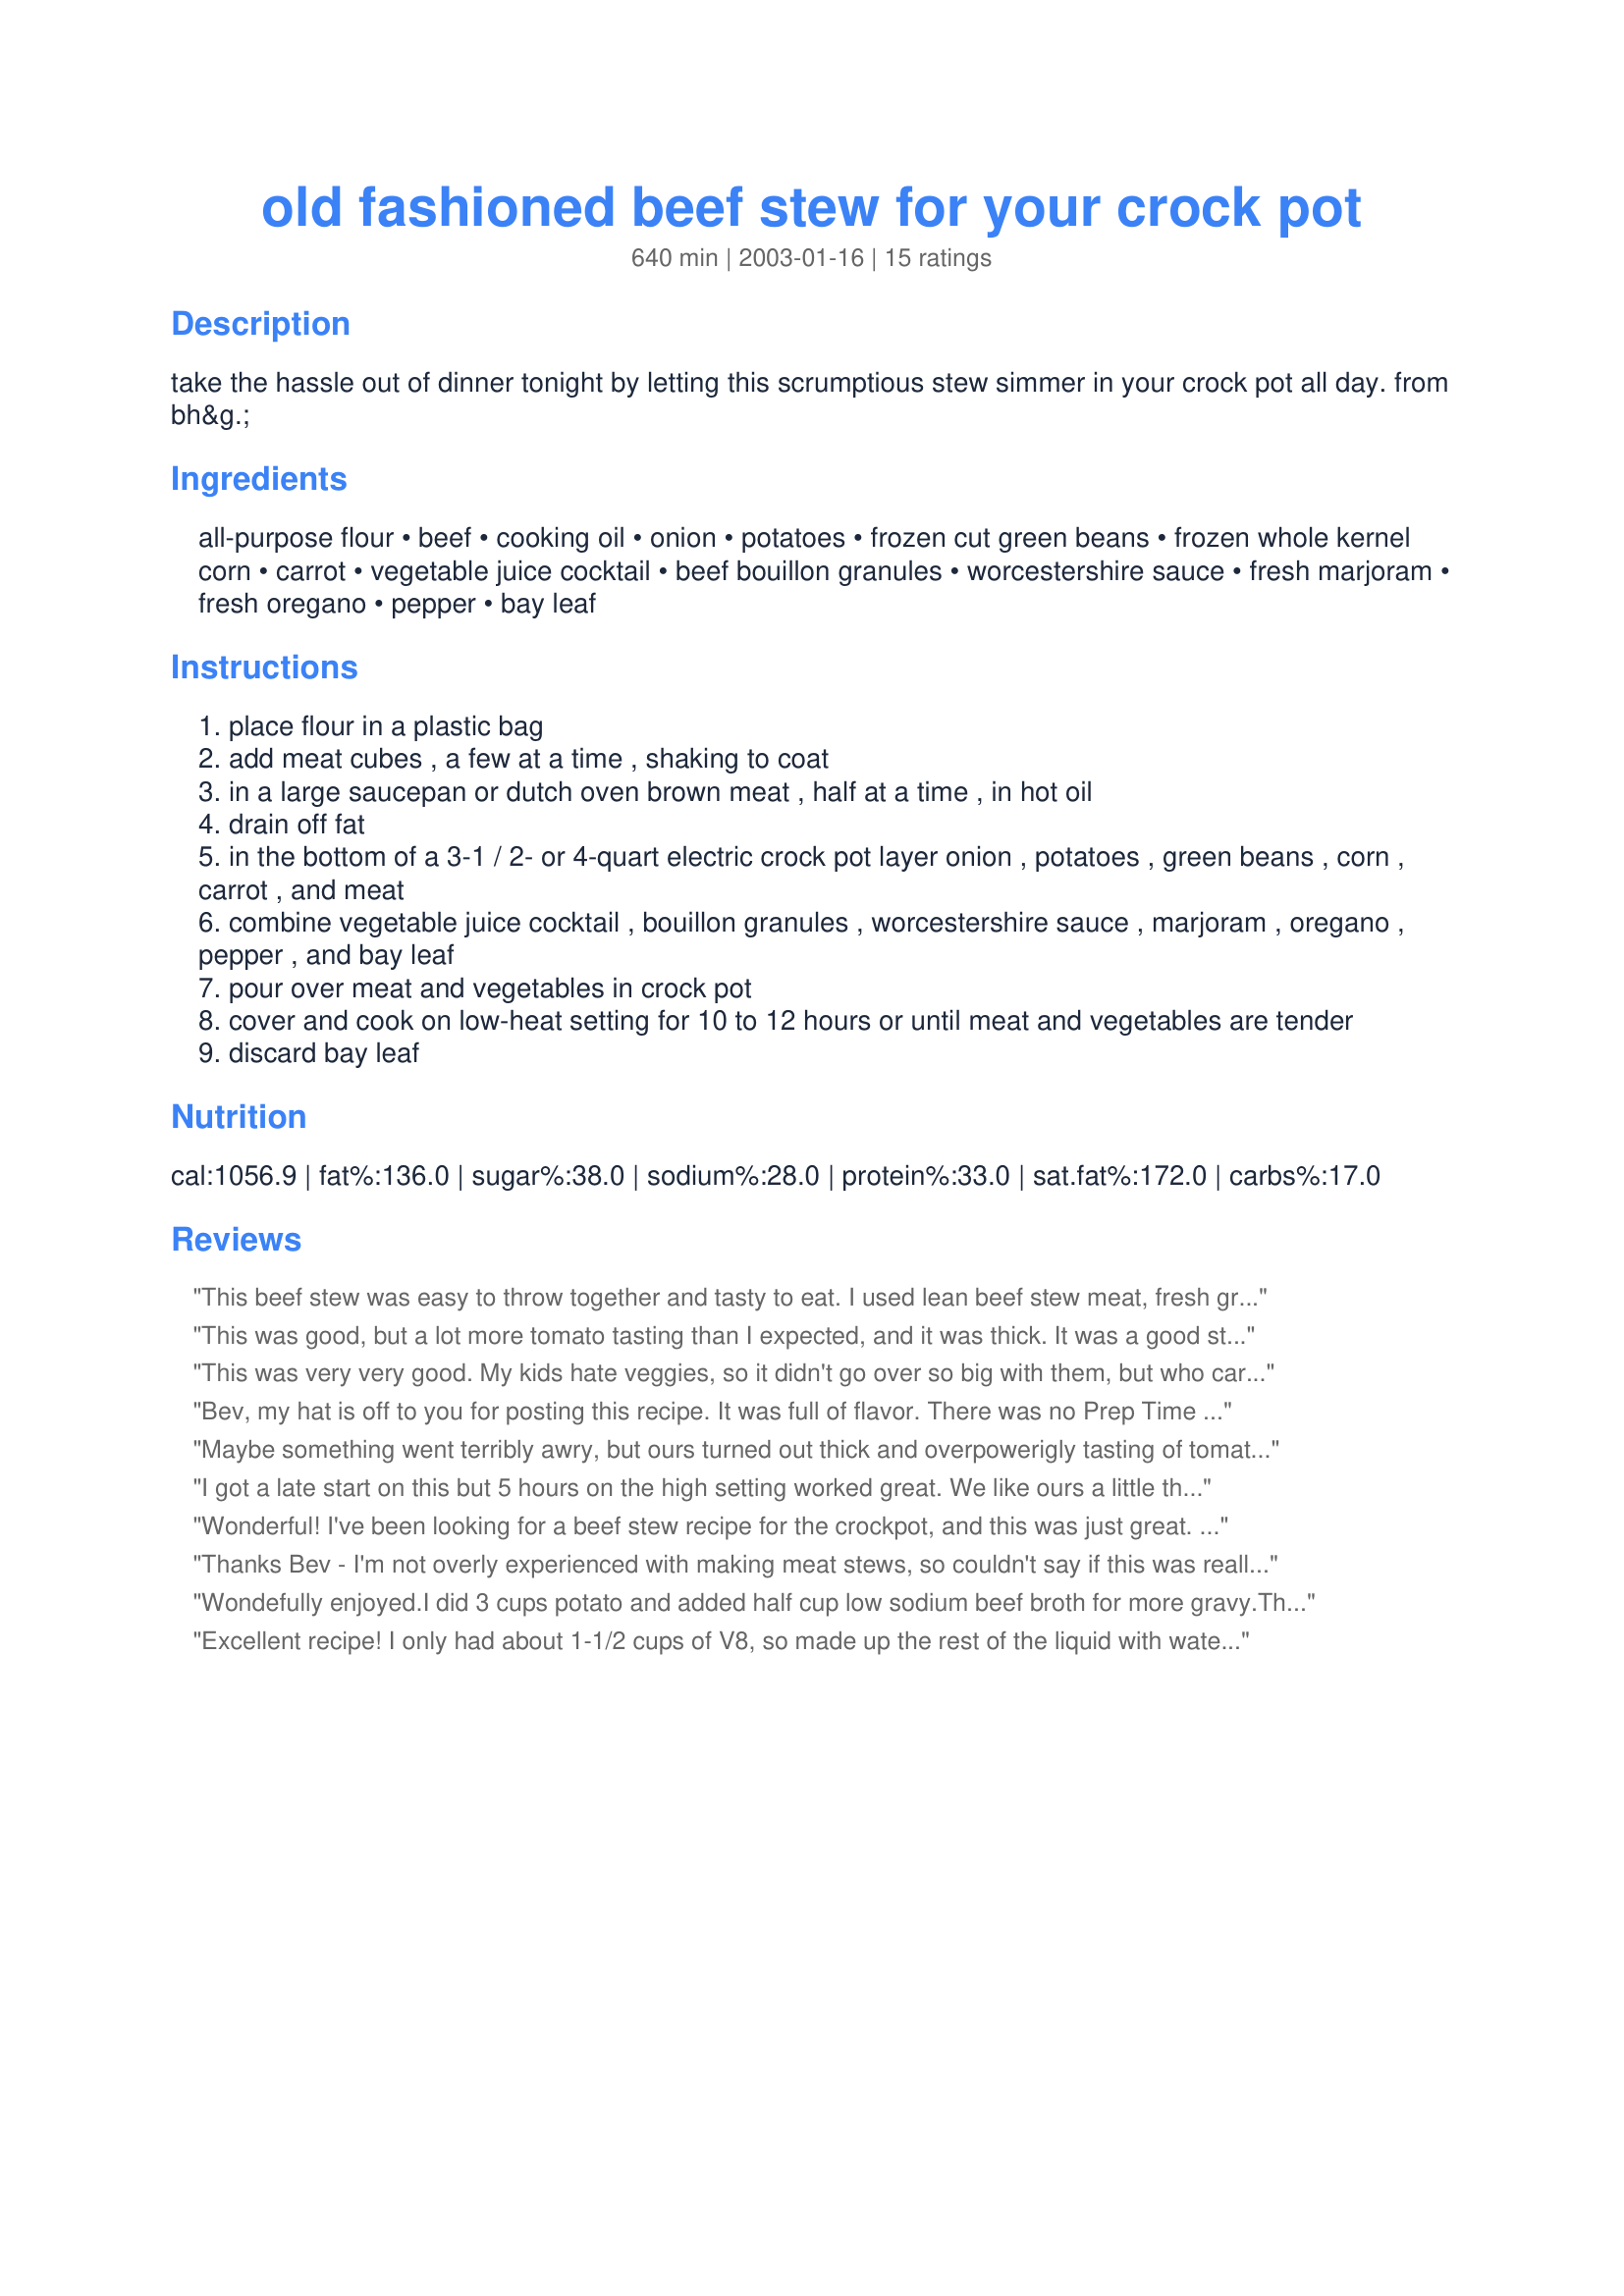
old fashioned beef stew for your crock pot
Preparation time: 640 minutes

take the hassle out of dinner tonight by letting this scrumptious stew simmer in your crock pot all day. from bh&g.

Ingredients:
all-purpose flour, beef, cooking oil, onion, potatoes, frozen cut green beans, frozen whole kernel corn, carrot, vegetable juice cocktail, beef bouillon granules, worcestershire sauce, fresh marjoram, fresh oregano, pepper, bay leaf

Steps:
place flour in a plastic bag
add meat cubes , a few at a time , shaking to coat
in a large saucepan or dutch oven brown meat , half at a time , in hot oil
drain off fat
in the bottom of a 3-1 / 2- or 4-quart electric crock pot layer onion , potatoes , green beans , corn , carrot , and meat
combine vegetable juice cocktail , bouillon granules , worcestershire sauce , marjoram , oregano , pepper , and bay leaf
pour over meat and vegetables in crock pot
cover and cook on low-heat setting for 10 to 12 hours or until meat and vegetables are tender
discard bay leaf

Reviews:
This beef stew was easy to throw together and tasty to eat. I used lean beef stew meat, fresh green beans, and dried herbs, but otherwise followed the recipe pretty exactly. I found the prep to be maybe 30 minutes, but I wasn't too exact about anything. Left it in the crockpot all day on low and came home after dd's ballet class to dinner ready and waiting. Served it with corn muffins. Thanks Bev!
This was good, but a lot more tomato tasting than I expected, and it was thick. It was a good stew, but didn't taste like beef stew to me.
This was very very good. My kids hate veggies, so it didn't go over so big with them, but who cares. I am following Weight Watchers again, and it is 8 points per serving. If I had eliminated the oil, I think it would be much lower. Anyway, the recipe was great and it worked well for me. Thanks for posting this!
Bev, my hat is off to you for posting this recipe. It was full of flavor. There was no Prep Time given. It does take about 40 minutes to brown the beef and cut up the vegetables. For those who don't have that much time in the morning, I recommend making this the night before if you have a removal liner in your crockpot. This way all you have to do is place the liner in your crockpot and turn it on. You are good to go. Also, to save time you can buy frozen stew vegetables. I did add 2 cups of the green beans, corn and carrots. I then added about 1 more cup of vegetable juice to my 6 quart Rival Slow Cooker. I had six people to feed tonight. I highly recommend this recipe. I served it with side salad, homemade herb bread and Mizz Nezz Yellow Lemony Cake #46672 topped off with strawberries and whip cream.
Maybe something went terribly awry, but ours turned out thick and overpowerigly tasting of tomato. This showed such promise, with the reviews, but the flavor and texture just didn't work for us. Sorry.
I got a late start on this but 5 hours on the high setting worked great. We like ours a little thinner so I added another cup of veggie juice & 1 more tsp. each of beef bouillon & worcestershire sauce. Also increased the pepper to give some bite. Thanks for this keeper!
Wonderful! I've been looking for a beef stew recipe for the crockpot, and this was just great. I didn't have tomato juice, so I used a can of diced tomatoes and a can of tomato sauce instead. My 10-year old even liked it, and she's a fussy eater! Thanks for the recipe.
Thanks Bev - I'm not overly experienced with making meat stews, so couldn't say if this was really old fashioned or not (someone else mentioned it not the type of beef stew they were used to), I'd say this is the best one I've made. The end result was tasty and your quantities are bang on*. Browning the meat is a little time consuming, but I think worth it. *After reading some of the reviews I added about a cup of water to the crock pot...the gravy was the perfect consistency. I actually made two batches, one to freeze. I couldn't fit it all in one so in the one batch I used russet potatoes and the other batch I used a more waxy red potato. I'd say the russets worked best since they break down a little in the gravy. The only thing that seemed to be missing was garlic...but maybe that's just me. Thanks Bev - I'm sure I'll make this for the meat eaters in my house again.
Wondefully enjoyed.I did 3 cups potato and added half cup low sodium beef broth for more gravy.Thanks for posting.
Excellent recipe! I only had about 1-1/2 cups of V8, so made up the rest of the liquid with water, and also added some frozen peas (I needed to use up an open bag). Just before serving I thickened the gravy with some cornstarch, and served the stew with crusty wheat rolls. A very hearty stew with good flavor - I highly recommend. Thanks for posting!
-M :-)
I have tried quite a few crock pot beef stews over the years, and for one reason or another we couldn't agree on one that we liked--until now! We really liked this. (Yes, a crazy time of year to make stew in Georgia, but I had some meat to use up.) Thanks for this keeper, Bev!
Most excellent recipe! DH said " It hit the spot" I added a can of diced tomatoes to this and fried my beef in bacon grease and it made for a wonderful dish at supper. Our house sure had a great aroma all day and I was so hungry by supper time. Thanks so much for sharing this amazing crockpot recipe.
This was great. I never would have thought of putting tomato juice in a stew. I used V-8 and a pound of beef. More or less just dumped everything in the crock pot and let it run on low all day. YUM.
Great stew recipe! I used low sodium V-8 juice for the flavor. Other than that I made as posted but I did add in 1 c. frozen peas. This was enjoyed by all and we will have it again when the cooler weather gets here. Delicious! Thanks for sharing this recipe Bev!
This is the best beef stew I have ever made or had. I did make minor changes. I added an extra teaspoon of worcestershire sauce and about another cup of potatoes. I also added celery. In addition, I wasn't sure if my crockpot would be big enough for the amount that I made (8 servings), so I cooked mine in a dutch oven on low heat for approx. 7 hours.
